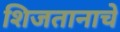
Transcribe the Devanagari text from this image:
शिजतानाचे